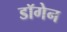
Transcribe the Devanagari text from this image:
डॉगेन